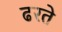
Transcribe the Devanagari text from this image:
ढरते